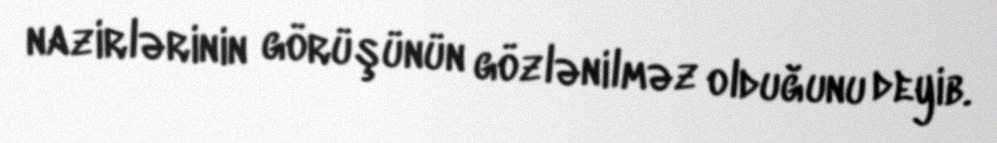
nazirlərinin görüşünün gözlənilməz olduğunu deyib.